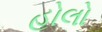
હોલો